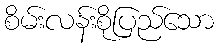
စိမ်းလန်းစိုပြည်သော